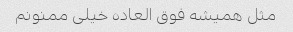
مثل همیشه فوق العاده خیلی ممنونم